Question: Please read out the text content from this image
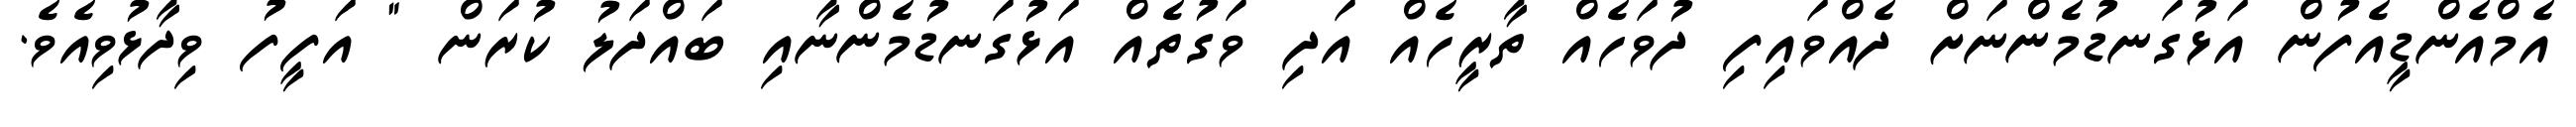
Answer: އެމްއެންޑީއެފުން އަޅުގަނޑުމެންނަށް ދެއްވައިފި ދުވަހެއް ތާރީހެއް އަދި ވަގުތެއް އަޅުގަނޑުމެންނާއި ބައްދަލު ކުރަން " އަފީފު ވިދާޅުވިއެވެ.